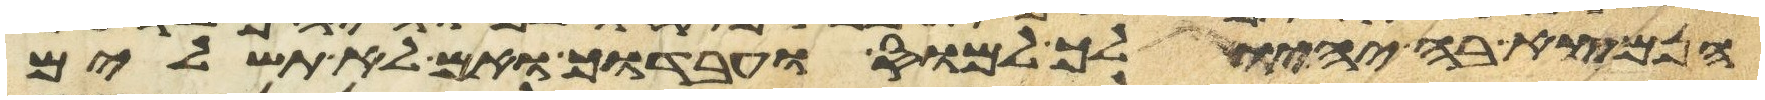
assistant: הנמצא בה יהיו לך למס ועבדוך ואם לא תשלים